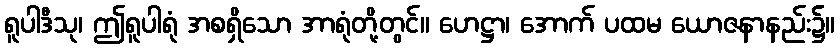
ရူပါဒီသု၊ ဤရူပါရုံ အစရှိသော အာရုံတို့တွင်။ ဟေဋ္ဌာ၊ အောက် ပထမ ယောဇနာနည်း၌။